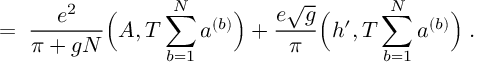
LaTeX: = \; \frac { e ^ { 2 } } { \pi + g N } \Big ( A , T \sum _ { b = 1 } ^ { N } a ^ { ( b ) } \Big ) + \frac { e \sqrt { g } } { \pi } \Big ( h ^ { \prime } , T \sum _ { b = 1 } ^ { N } a ^ { ( b ) } \Big ) \; .